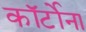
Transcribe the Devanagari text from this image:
कॉर्टोना